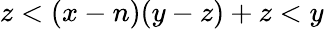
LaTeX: z<(x-n)(y-z)+z<y